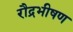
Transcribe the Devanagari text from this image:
रौद्रभीषण